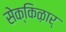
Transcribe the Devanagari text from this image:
सेक्किऴार्